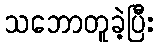
သဘောတူခဲ့ပြီး